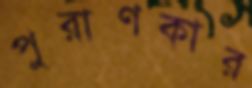
পুরাণকার